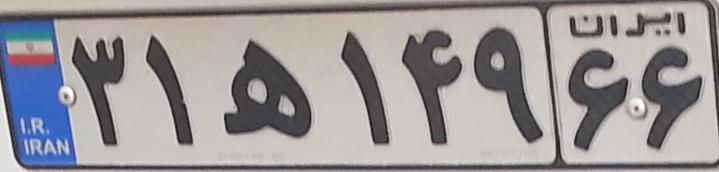
۳۱ه۱۴۹۶۶